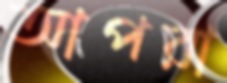
আপরা